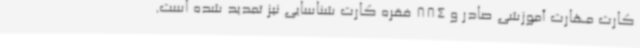
کارت مهارت آموزشی صادر و 884 فقره کارت شناسایی نیز تمدید شده است.